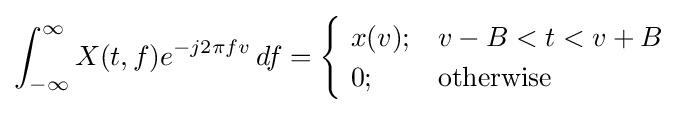
\int _{-\infty }^{\infty }X(t,f)e^{-j2\pi fv}\,df={\begin{cases}\ x(v);&v-B<t<v+B\\\ 0;&{\text{otherwise}}\end{cases}}